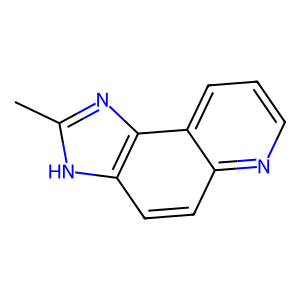
SMILES: Cc1nc2c(ccc3ncccc32)[nH]1
Inhibits HIV replication: No